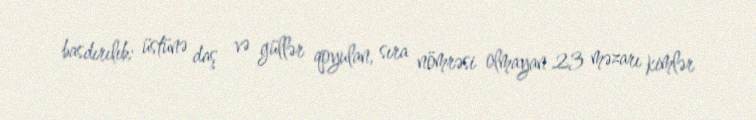
basdırılıb; üstünə daş və güllər qoyulan, sıra nömrəsi olmayan 23 məzarı kimlər